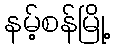
နမ့်စန်မြို့